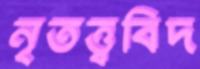
নৃতত্ত্ববিদ